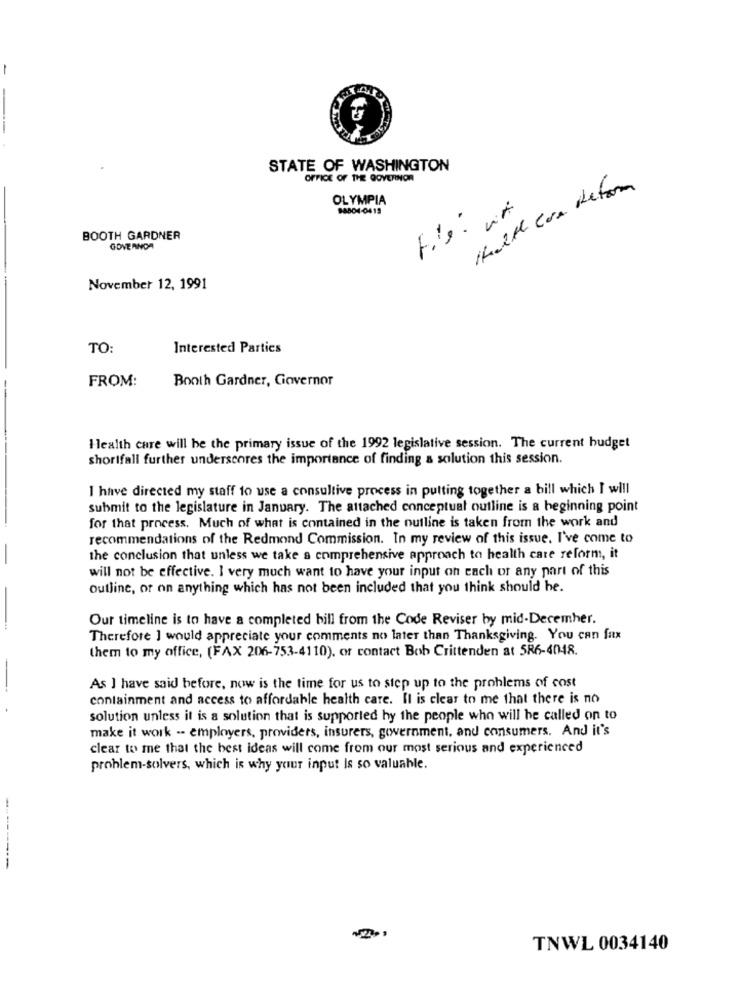
-
STATE OF WASHINGTON
OFFICE OF THE GOVERNOR
Hatte con deton
OLYMPIA
88804-0415
BOOTH GARDNER
GOVERNOA
November 12, 1991
TO:
Interested Parties
FROM:
Booth Gardner, Governor
Health care will be the primary issue of the 1992 legislative session. The current budget
shortfall further underscores the importance of finding a solution this session.
I have directed my staff to use a consultive process in putting together a bill which I will
submit to the legislature in January. The attached conceptual outline is a beginning point
for that process. Much of what is contained in the outline is taken from the work and
recommendations of the Redmond Commission. In my review of this issue. I've come to
the conclusion that unless we take a comprehensive approach to health care reform, it
will not be effective. I very much want to have your input on each of any part of this
Outline, or on anything which has not been included that you think should be.
Our timeline is to have a completed bill from the Code Reviser by mid-December.
Therefore I would appreciate your comments no later than Thanksgiving. You can fax
them to my office, (FAX 206-753-4110), or contact Bob Crittenden at 586-4048.
As I have said before, now is the time for us to step up to the problems of cost
containment and access to affordable health care. Il is clear to me that there is no
solution unless it is a solution that is supported hy the people who will be called on to
make it work -- employers, providers, insurers, government, and consumers. And it's
clear to me that the best ideas will come from our most serious and experienced
problem-solvers, which is why your input Is so valuable.
-------
TNWL 0034140